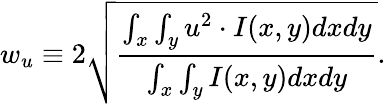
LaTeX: w_{u}\equiv 2\sqrt{\cfrac{\int_{x}\int_{y}u^{2}\cdot I(x,y)dxdy}{\int_{x}\int_{y}I(x,y)dxdy}}.